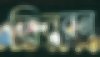
বিবরন